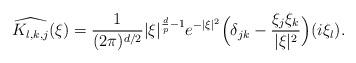
LaTeX: \begin{align*}\widehat{K_{l, k, j}}(\xi) = \frac{1}{(2\pi)^{d/2}}|\xi|^{\frac{d}{p}-1}e^{-|\xi|^2}\Big(\delta_{jk} - \frac{\xi_j\xi_k}{|\xi|^2}\Big)(i\xi_l).\end{align*}